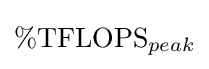
\%{\text{TFLOPS}}_{peak}